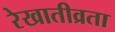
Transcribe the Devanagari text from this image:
रेखातीव्रता